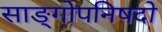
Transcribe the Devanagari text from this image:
साङ्गोपनिषदो